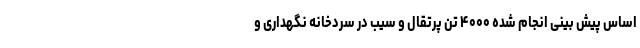
اساس پیش بینی انجام شده ۴۰۰۰ تن پرتقال و سیب در سردخانه نگهداری و